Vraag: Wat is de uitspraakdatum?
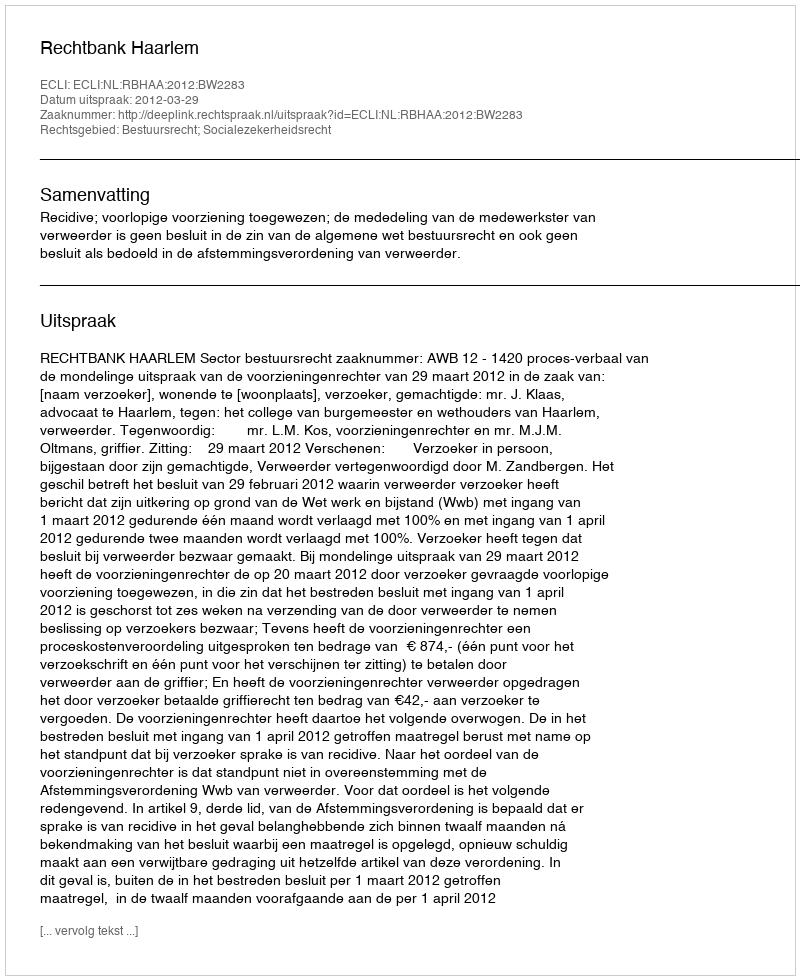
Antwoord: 2012-03-29